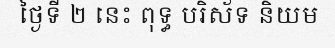
ថ្ងៃទី ២ នេះ ពុទ្ធ បរិស័ទ និយម